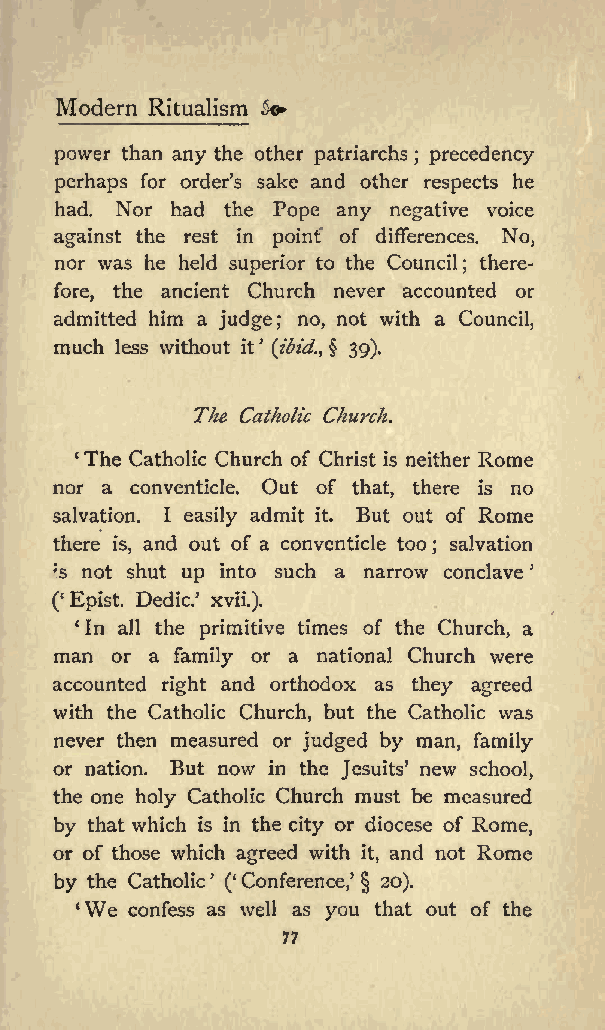
Modern Ritualism &&
 power than any the other patriarchs precedency
 ;
 perhaps for orders sake and other respects he
 had. Nor had the Pope any negative voice
 against the rest in point of differences. No,
 nor was he held superior to the Council there
 ;
 fore, the ancient Church never accounted or
 admitted him a judge; no, not with a Council,
 much less without it (ibid.^ 39).
 The Catholic Church.
 cThe Catholic Church of Christ is neither Rome
 nor a conventicle. Out of that, there is no
 salvation. I easily admit it. But out of Rome
 there and out of a conventicle too salvation
 is,                   ;
 :s not shut up into such a narrow conclave
 ( Epist. Dedic. xvii.).
 *In all the primitive times of the Church, a
 man or a family or a national Church were
 accounted right and orthodox as they agreed
 with the Catholic Church, but the Catholic was
 never then measured or judged by man, family
 or nation. But now in the Jesuits new school,
 the one holy Catholic Church must be measured
 by that which is in the city or diocese of Rome,
 or of those which agreed with it, and not Rome
 by the Catholic ( Conference, 20).
 We
 confess as well as you that out of the
 77